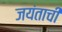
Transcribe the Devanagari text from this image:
जयंताची